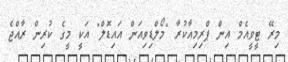
މިރޭ ޓީވީއެމް އިން ޕްރިމިއާކުރާ "މޯލްޑިވިއަން އައިޑޮލް" އަކީ މީގެ ކުރިން ރާއްޖެ